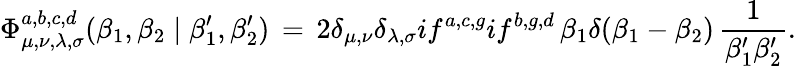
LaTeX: \Phi_{\mu,\nu,\lambda,\sigma}^{a,b,c,d}(\beta_{1},\beta_{2}\mid\beta_{1}^{\prime},\beta_{2}^{\prime})\, =\, 2\delta_{\mu,\nu}\delta_{\lambda,\sigma}if^{a,c,g}if^{b,g,d}\, \beta_{1}\delta(\beta_{1}-\beta_{2})\, \frac 1{\beta_{1}^{\prime}\beta_{2}^{\prime}}.